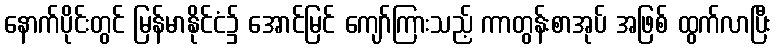
နောက်ပိုင်းတွင် မြန်မာနိုင်ငံ၌ အောင်မြင် ကျော်ကြားသည့် ကာတွန်းစာအုပ် အဖြစ် ထွက်လာပြီး